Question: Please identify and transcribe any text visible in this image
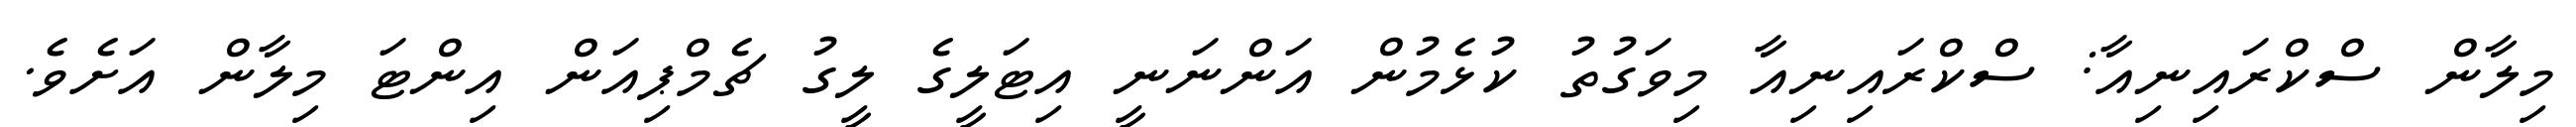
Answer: މިލާން ސްކްރައިނިއާ: ސްކްރައިނިއާ މިވަގުތު ކުޅެމުން އަންނަނީ އިޓަލީގެ ލީގު ޗެމްޕިއަން އިންޓަ މިލާން އަށެވެ.